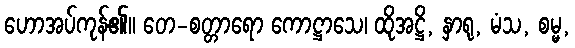
ဟောအပ်ကုန်၏။ တေ-စတ္တာရော ကောဋ္ဌာသေ၊ ထိုအဋ္ဌိ, နှာရု, မံသ, စမ္မ,